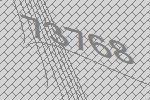
73768